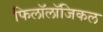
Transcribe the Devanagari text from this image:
फिलॉलॉजिकल